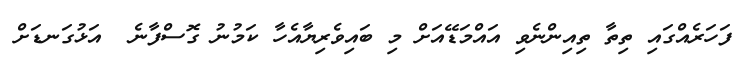
ފަހަރެއްގައި ތިތާ ތިއިންނެވި އައްމަޑޭއަށް މި ބައިވެރިޔާއެހާ ކަމުނު ގޮސްފާނެ  އަޅުގަނޑަށް